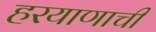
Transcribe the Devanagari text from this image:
हरयाणाची